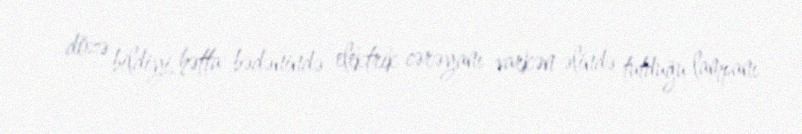
dözə bildiyi, hətta bədənində elektrik cərəyanı varkən əlində tutduğu lampanı